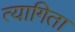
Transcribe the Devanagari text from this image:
त्यागिता